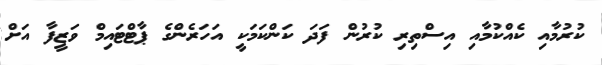
ކުރުމާއި ކެއްކުމާއި އިސްތިރި ކުރުން ފަދަ ކަންކަމަކީ އަހަރެންގެ ޕާޓްޓައިމް ވަޒީފާ އަށް